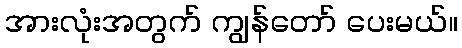
အားလုံးအတွက် ကျွန်တော် ပေးမယ်။